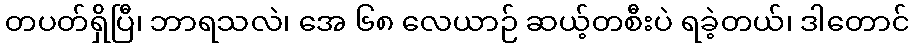
တပတ်ရှိပြီ၊ ဘာရသလဲ၊ အေ ၆၈ လေယာဉ် ဆယ့်တစီးပဲ ရခဲ့တယ်၊ ဒါတောင်